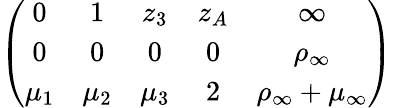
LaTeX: \left(\begin{array}{ccccc}{{0}}&{{1}}&{{z_{3}}}&{{z_{A}}}&{{\infty}}\\ {{0}}&{{0}}&{{0}}&{{0}}&{{\rho_{\infty}}}\\ {{\mu_{1}}}&{{\mu_{2}}}&{{\mu_{3}}}&{{2}}&{{\rho_{\infty}+\mu_{\infty}}}\end{array}\right)